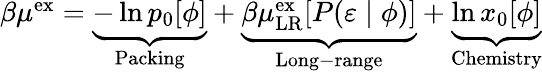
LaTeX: \begin{array}{r}{\beta\mu^{\mathrm{{ex}}}=\underbrace{-\ln p_{0}[\phi]}_{\mathrm{Packing}}+\underbrace{\beta\mu_{\mathrm{{LR}}}^{\mathrm{ex}}[P(\varepsilon\; |\; \phi)]}_{\mathrm{Long-range}}+\underbrace{\ln x_{0}[\phi]}_{\mathrm{Chemistry}}}\end{array}